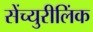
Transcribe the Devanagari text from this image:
सेंच्युरीलिंक